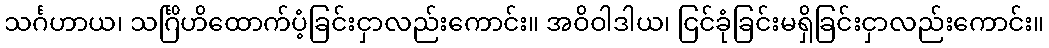
သင်္ဂဟာယ၊ သင်္ဂြိဟိထောက်ပံ့ခြင်းငှာလည်းကောင်း။ အဝိဝါဒါယ၊ ငြင်ခုံခြင်းမရှိခြင်းငှာလည်းကောင်း။